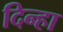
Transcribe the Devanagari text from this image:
दिन्हा